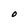
Character: O